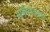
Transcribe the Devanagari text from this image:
मार्कण्डेयकृतं